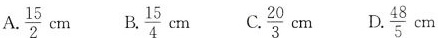
A. \frac{15}{2}cm B.\frac{15}{4}cm C.\frac{20}{3}cm D. \frac{48}{5}cm